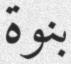
بنوة